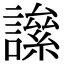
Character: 𧬀